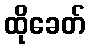
ထိုခေတ်